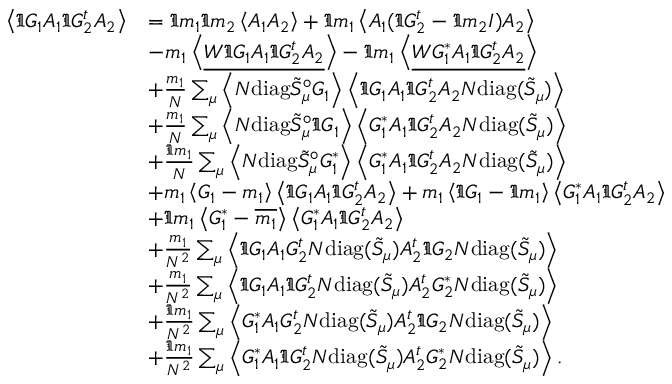
\begin{array} { r l } { \left\langle { \Im G _ { 1 } A _ { 1 } \Im G _ { 2 } ^ { t } A _ { 2 } } \right\rangle } & { = \Im m _ { 1 } \Im m _ { 2 } \left\langle { A _ { 1 } A _ { 2 } } \right\rangle + \Im m _ { 1 } \left\langle { A _ { 1 } ( \Im G _ { 2 } ^ { t } - \Im m _ { 2 } I ) A _ { 2 } } \right\rangle } \\ & { - m _ { 1 } \left\langle { \underline { { W \Im G _ { 1 } A _ { 1 } \Im G _ { 2 } ^ { t } A _ { 2 } } } } \right\rangle - \Im m _ { 1 } \left\langle { \underline { { W G _ { 1 } ^ { * } A _ { 1 } \Im G _ { 2 } ^ { t } A _ { 2 } } } } \right\rangle } \\ & { + \frac { m _ { 1 } } { N } \sum _ { \mu } \left\langle { N \mathrm { d i a g } \tilde { S } _ { \mu } ^ { \circ } G _ { 1 } } \right\rangle \left\langle { \Im G _ { 1 } A _ { 1 } \Im G _ { 2 } ^ { t } A _ { 2 } N \mathrm { d i a g } ( \tilde { S } _ { \mu } ) } \right\rangle } \\ & { + \frac { m _ { 1 } } { N } \sum _ { \mu } \left\langle { N \mathrm { d i a g } \tilde { S } _ { \mu } ^ { \circ } \Im G _ { 1 } } \right\rangle \left\langle { G _ { 1 } ^ { * } A _ { 1 } \Im G _ { 2 } ^ { t } A _ { 2 } N \mathrm { d i a g } ( \tilde { S } _ { \mu } ) } \right\rangle } \\ & { + \frac { \Im m _ { 1 } } { N } \sum _ { \mu } \left\langle { N \mathrm { d i a g } \tilde { S } _ { \mu } ^ { \circ } G _ { 1 } ^ { * } } \right\rangle \left\langle { G _ { 1 } ^ { * } A _ { 1 } \Im G _ { 2 } ^ { t } A _ { 2 } N \mathrm { d i a g } ( \tilde { S } _ { \mu } ) } \right\rangle } \\ & { + m _ { 1 } \left\langle { G _ { 1 } - m _ { 1 } } \right\rangle \left\langle { \Im G _ { 1 } A _ { 1 } \Im G _ { 2 } ^ { t } A _ { 2 } } \right\rangle + m _ { 1 } \left\langle { \Im G _ { 1 } - \Im m _ { 1 } } \right\rangle \left\langle { G _ { 1 } ^ { * } A _ { 1 } \Im G _ { 2 } ^ { t } A _ { 2 } } \right\rangle } \\ & { + \Im m _ { 1 } \left\langle { G _ { 1 } ^ { * } - \overline { { m _ { 1 } } } } \right\rangle \left\langle { G _ { 1 } ^ { * } A _ { 1 } \Im G _ { 2 } ^ { t } A _ { 2 } } \right\rangle } \\ & { + \frac { m _ { 1 } } { N ^ { 2 } } \sum _ { \mu } \left\langle { \Im G _ { 1 } A _ { 1 } G _ { 2 } ^ { t } N \mathrm { d i a g } ( \tilde { S } _ { \mu } ) A _ { 2 } ^ { t } \Im G _ { 2 } N \mathrm { d i a g } ( \tilde { S } _ { \mu } ) } \right\rangle } \\ & { + \frac { m _ { 1 } } { N ^ { 2 } } \sum _ { \mu } \left\langle { \Im G _ { 1 } A _ { 1 } \Im G _ { 2 } ^ { t } N \mathrm { d i a g } ( \tilde { S } _ { \mu } ) A _ { 2 } ^ { t } G _ { 2 } ^ { * } N \mathrm { d i a g } ( \tilde { S } _ { \mu } ) } \right\rangle } \\ & { + \frac { \Im m _ { 1 } } { N ^ { 2 } } \sum _ { \mu } \left\langle { G _ { 1 } ^ { * } A _ { 1 } G _ { 2 } ^ { t } N \mathrm { d i a g } ( \tilde { S } _ { \mu } ) A _ { 2 } ^ { t } \Im G _ { 2 } N \mathrm { d i a g } ( \tilde { S } _ { \mu } ) } \right\rangle } \\ & { + \frac { \Im m _ { 1 } } { N ^ { 2 } } \sum _ { \mu } \left\langle { G _ { 1 } ^ { * } A _ { 1 } \Im G _ { 2 } ^ { t } N \mathrm { d i a g } ( \tilde { S } _ { \mu } ) A _ { 2 } ^ { t } G _ { 2 } ^ { * } N \mathrm { d i a g } ( \tilde { S } _ { \mu } ) } \right\rangle . } \end{array}